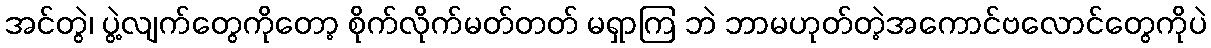
အင်တွဲ၊ ပွဲ့လျက်တွေကိုတော့ စိုက်လိုက်မတ်တတ် မရှာကြ ဘဲ ဘာမဟုတ်တဲ့အကောင်ဗလောင်တွေကိုပဲ